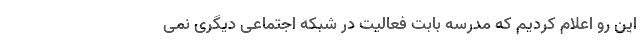
این رو اعلام کردیم که مدرسه بابت فعالیت در شبکه اجتماعی دیگری نمی